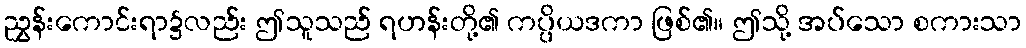
ညွှန်းကောင်းရာ၌လည်း ဤသူသည် ရဟန်းတို့၏ ကပ္ပိယဒကာ ဖြစ်၏။ ဤသို့ အပ်သော စကားသာ